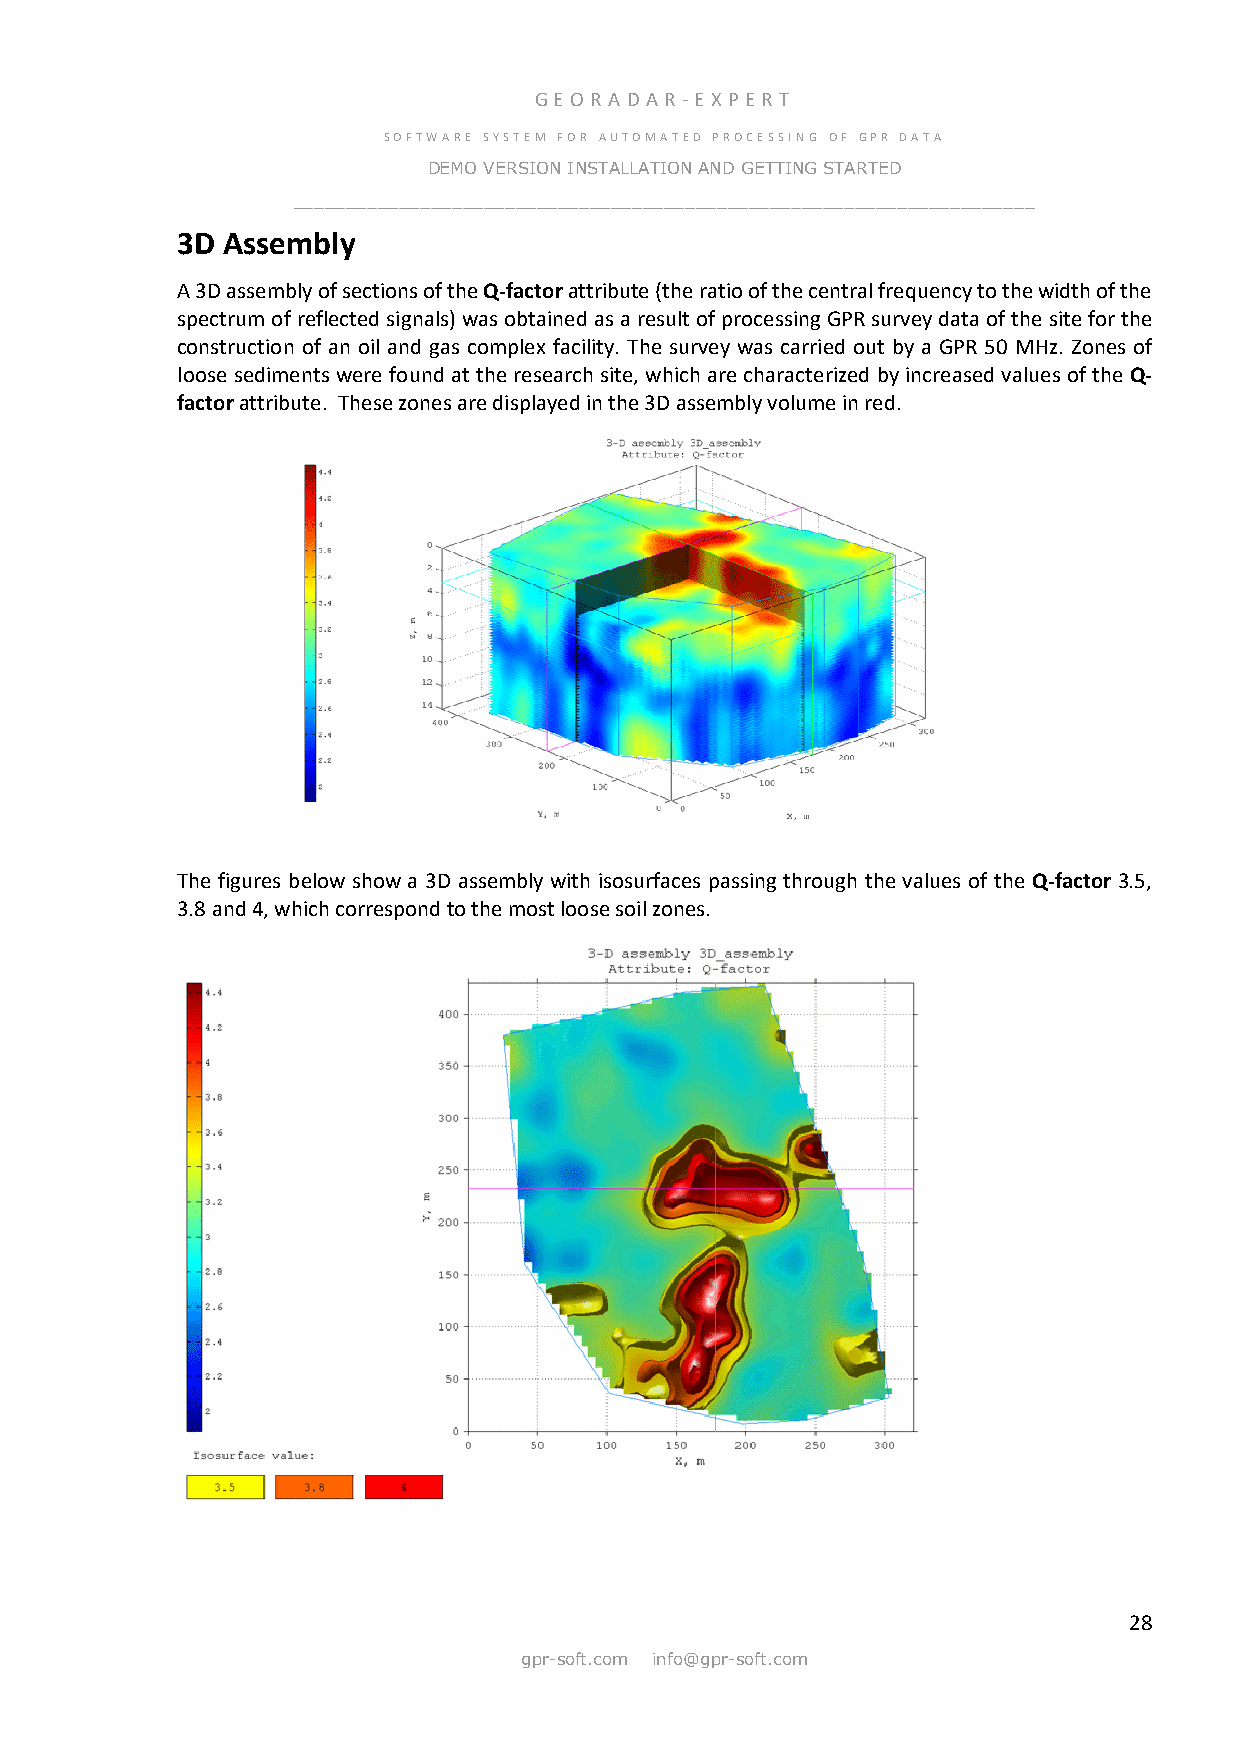
GE OR ADA R -E X PER T
 SOFTWARE SYSTEM FOR AUTOMATED PROCESSING OF GPR DATA
 DEMO VERSION INSTALLATION AND GETTING STARTED
 ______________________________________________________________________
 3D Assembly
 A 3D assembly of sections of the Q-factor attribute (the ratio of the central frequency to the width of the
 spectrum of reflected signals) was obtained as a result of processing GPR survey data of the site for the
 construction of an oil and gas complex facility. The survey was carried out by a GPR 50 MHz. Zones of
 loose sediments were found at the research site, which are characterized by increased values of the Q-
 factor attribute. These zones are displayed in the 3D assembly volume in red.
 The figures below show a 3D assembly with isosurfaces passing through the values of the Q-factor 3.5,
 3.8 and 4, which correspond to the most loose soil zones.
 28
 gpr-soft.com info@gpr-soft.com